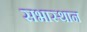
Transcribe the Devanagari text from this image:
सभास्थान